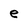
Character: e